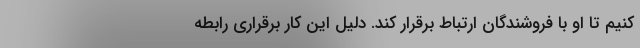
کنیم تا او با فروشندگان ارتباط برقرار کند. دلیل این کار برقراری رابطه